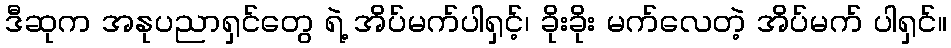
ဒီဆုက အနုပညာရှင်တွေ ရဲ့ အိပ်မက်ပါရှင့်၊ ခိုးခိုး မက်လေတဲ့ အိပ်မက် ပါရှင်။